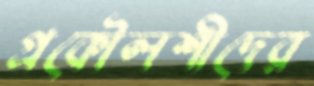
প্রকৌলশীদের